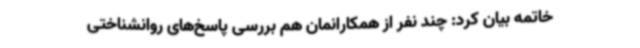
خاتمه بیان کرد: چند نفر از همکارانمان هم بررسی پاسخ‌های روانشناختی